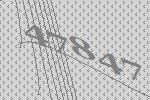
47847